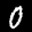
Label: 0